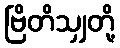
ဗြိတိသျှတို့